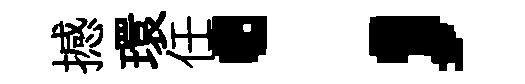
撼環任；